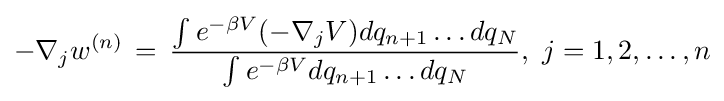
-\nabla _{j}w^{(n)}\,=\,{\frac {\int e^{-\beta V}(-\nabla _{j}V)dq_{n+1}\dots dq_{N}}{\int e^{-\beta V}dq_{n+1}\dots dq_{N}}},~j=1,2,\dots ,n